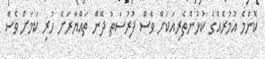
ކޮންމެ އުމުރެއްގެ ކުޅުންތެރިއަކަށް ވެސް ފުރުސަތު ދޭން ތައްޔާރަށް ހުރި ކަމަށް ވެސް